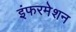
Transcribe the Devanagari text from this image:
इंफरमेशन